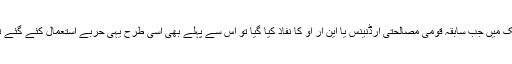
ملک میں جب سابقہ قومی مصالحتی آرڈنینس یا این آر او کا نفاذ کیا گیا تو اس سے پہلے بھی اسی طرح یہی حربے استعمال کئے گئے تھ۔